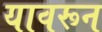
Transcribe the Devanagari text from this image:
यावरून